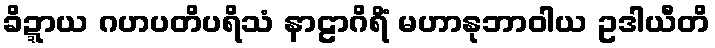
ခိဍ္ဍာယ ဂဟပတိပရိသံ နာဠာဂိရိံ မဟာနုဘာဝါယ ဥဒါယီတိ